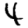
Digit: 4